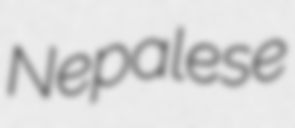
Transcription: Nepalese